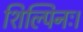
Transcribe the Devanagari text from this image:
शिल्पिनः।